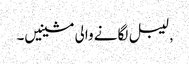
, لیبل لگانے والی مشینیں۔